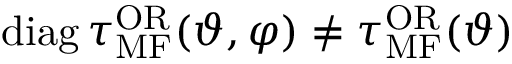
\mathrm { d i a g } \, \tau _ { \mathrm { M F } } ^ { \mathrm { O R } } ( \vartheta , \varphi ) \neq \tau _ { \mathrm { M F } } ^ { \mathrm { O R } } ( \vartheta )